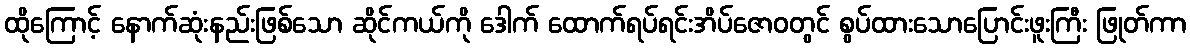
ထိုကြောင့် နောက်ဆုံးနည်းဖြစ်သော ဆိုင်ကယ်ကို ဒေါက် ထောက်ရပ်ရင်းအိပ်ဇောဝတွင် စွပ်ထားသောပြောင်းဖူးကြီး ဖြုတ်ကာ